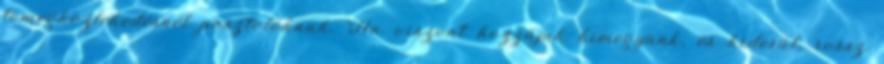
tömegközlekedésnél posztolóknak. Ha viszont hozzájuk kimegyünk, és kiderül, rossz